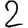
Digit: 2